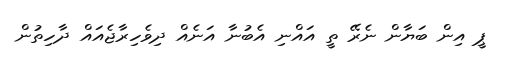
ޕީ އިން ބަޔާން ނެރޭ ތީ އައްނި އެބުނާ އަނެއް ދިވެހިރާޖެއައް ދާހިތުން